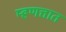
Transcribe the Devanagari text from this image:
म्हणत्तात